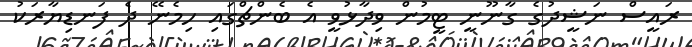
ރައީސް ނަޝީދުގެ ގާނޫނީ ޓީމުން ވިދާޅުވީ އެ ބެންޗްގައި ހިމެނޭ ދެ ފަނޑިޔާރަކު